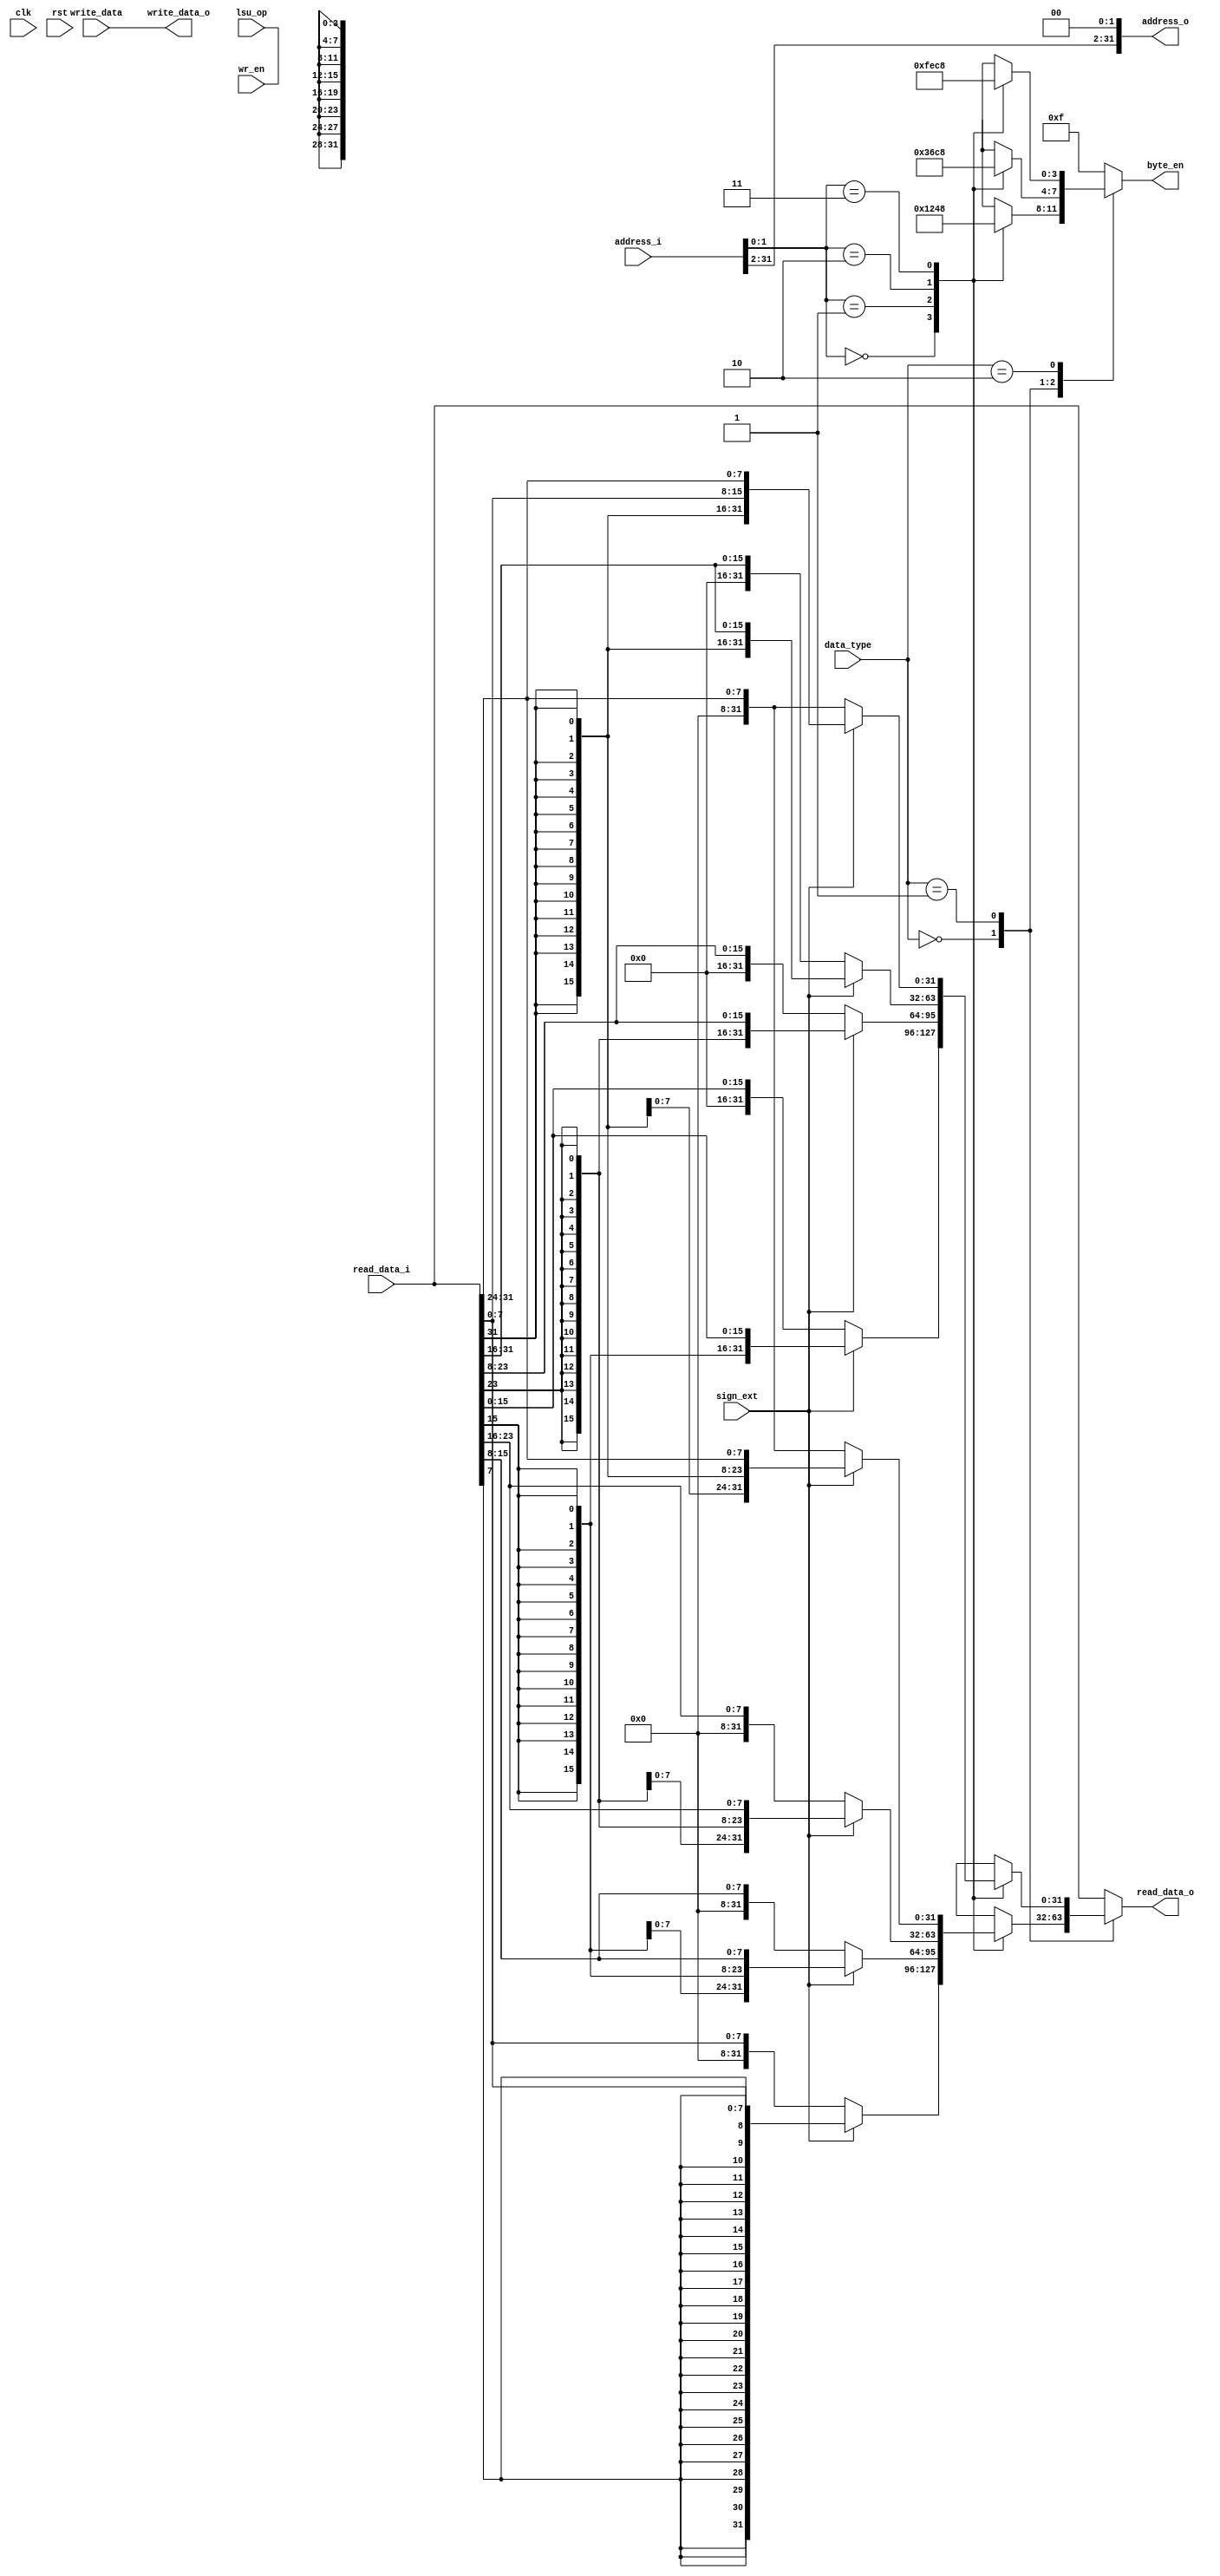
module LSU(
    input wire clk,rst,
    //signals from/to ALU,decoder...
    input wire[1:0] data_type,
    input wire lsu_op,sign_ext,
    input wire[31:0]write_data,
    input wire[31:0]address_i,
    output reg[31:0]read_data_o,
    //Memory side signals
    input wire wr_en,
    input wire[31:0]read_data_i,
    output reg[3:0] byte_en,
    output wire[31:0] address_o,
    output wire[31:0]write_data_o
    );
    wire[1:0]data_offset;
    reg[31:0]b_read, hw_read, w_read;
    /*data_offset
    2'b00->0 byte
    2'b01->1 byte
    2'b10->2 byte
    2'b11->3 byte*/
    // sign extension
    /*data_type
    2'b00->byte 
    2'b01->half word
    2'b10->word*/
    
    assign data_offset = address_i[1:0];
    
    //////////////
    //Data Write//
    //////////////
    //byte_en generation for data write//
    always @* begin
     case(data_type)
      2'b00:begin //byte
            case(data_offset)
             2'b00:byte_en = 4'b0001;
             2'b01:byte_en = 4'b0010;
             2'b10:byte_en = 4'b0100;
             2'b11:byte_en = 4'b1000;
             default:byte_en = 4'b1111;
            endcase
            end 
      2'b01:begin //half word
            case(data_offset)
             2'b00:byte_en = 4'b0011;
             2'b01:byte_en = 4'b0110;
             2'b10:byte_en = 4'b1100;
             2'b11:byte_en = 4'b1000;
             default:byte_en = 4'b1111;
            endcase
            end
      2'b10:begin //word
            case(data_offset)
             2'b00:byte_en = 4'b1111;
             2'b01:byte_en = 4'b1110;
             2'b10:byte_en = 4'b1100;
             2'b11:byte_en = 4'b1000;
             default:byte_en = 4'b1111;
            endcase
            end
      default:byte_en = 4'b1111;
     endcase
    end
    
/*    always @* begin
     case(data_offset)
     2'b00:write_data_o = write_data[31:0];
     2'b01:write_data_o ={write_data[]
      
     endcase
    end*/
    /////////////
    //Data Read//
    /////////////
    // sign/zero extension for byte
    always @* begin
     case(data_offset)
      2'b00:begin
             if(!sign_ext)begin
               b_read = {{24{0}},{read_data_i[7:0]}};    
               end
             else begin
               b_read = {{24{read_data_i[7]}},{read_data_i[7:0]}}; 
               end     
            end
      2'b01:begin
             if(!sign_ext)begin
               b_read = {{24{0}},{read_data_i[15:8]}};    
               end
             else begin
               b_read = {{24{read_data_i[15]}},{read_data_i[15:8]}}; 
               end     
            end
      2'b10:begin
             if(!sign_ext)begin
               b_read = {{24{0}},{read_data_i[23:16]}};    
               end
             else begin
               b_read = {{24{read_data_i[23]}},{read_data_i[23:16]}}; 
               end     
            end
      2'b11:begin
             if(!sign_ext)begin
               b_read = {{24{0}},{read_data_i[31:24]}};    
               end
             else begin
               b_read = {{24{read_data_i[31]}},{read_data_i[31:24]}}; 
               end     
            end
      default:b_read = {{24{0}},{read_data_i[7:0]}};      
     endcase
     end
     // sign/zero extension for half word
     
    always @* begin
     case(data_offset)
      2'b00:begin
             if(!sign_ext)begin
               hw_read = {{16{0}},{read_data_i[15:0]}};    
               end
             else begin
               hw_read = {{16{read_data_i[15]}},{read_data_i[15:0]}}; 
               end     
            end
      2'b01:begin
             if(!sign_ext)begin
               hw_read = {{16{0}},{read_data_i[23:8]}};    
               end
             else begin
               hw_read = {{16{read_data_i[23]}},{read_data_i[23:8]}}; 
               end     
            end
      2'b10:begin
             if(!sign_ext)begin
               hw_read = {{16{0}},{read_data_i[31:16]}};    
               end
             else begin
               hw_read = {{16{read_data_i[31]}},{read_data_i[31:16]}}; 
               end     
            end
      2'b11:begin
             if(!sign_ext)begin
               hw_read = {{16{0}},{read_data_i[31:24]}};    
               end
             else begin
               hw_read = {{16{read_data_i[31]}},{read_data_i[7:0]},{read_data_i[31:24]}}; 
               end     
            end
      default:hw_read = {{16{0}},{read_data_i[15:0]}};      
     endcase
    end
     
    always @(*)begin
      case(data_type)
      2'b00:read_data_o = b_read;//->byte 
      2'b01:read_data_o = hw_read;//->half word
      2'b10:read_data_o = read_data_i[31:0];//->word
      default:read_data_o = read_data_i[31:0];
      endcase
    end
    
    
    // output //
    assign wr_en = lsu_op;
    assign address_o = {address_i[31:2],2'b00};
    assign write_data_o = write_data;
endmodule